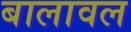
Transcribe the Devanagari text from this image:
बालावल